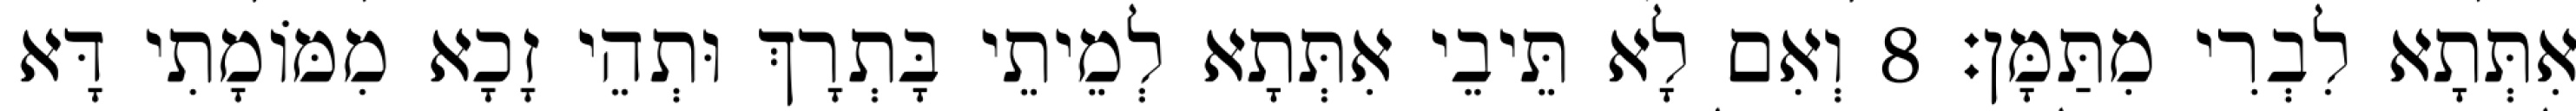
אִתְּתָא לִבְרִי מִתַּמָּן׃ 8 וְאִם לָא תֵּיבֵי אִתְּתָא לְמֵיתֵי בָּתְרָךְ וּתְהֵי זָכָא מִמּוֹמָתִי דָּא